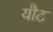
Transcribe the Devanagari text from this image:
यौट